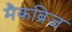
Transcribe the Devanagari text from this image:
मैकब्रिज